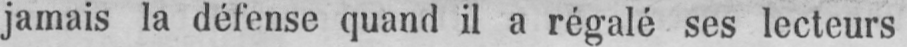
jamais la défense quand il a régalé ses lecteurs